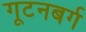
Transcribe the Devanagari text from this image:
गूटनबर्ग